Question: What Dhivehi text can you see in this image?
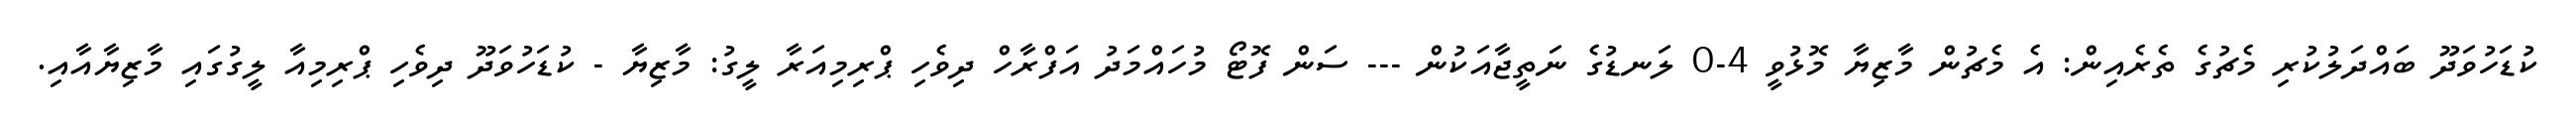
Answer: ކުޑަހުވަދޫ ބައްދަލުކުރި މެޗުގެ ތެރެއިން: އެ މެޗުން މާޒިޔާ މޮޅުވީ 4-0 ލަނޑުގެ ނަތީޖާއަކުން --- ސަން ފޮޓޯ މުހައްމަދު އަފްރާހް ދިވެހި ޕްރިމިއަރާ ލީގު: މާޒިޔާ - ކުޑަހުވަދޫ ދިވެހި ޕްރިމިއާ ލީގުގައި މާޒިޔާއާއި.